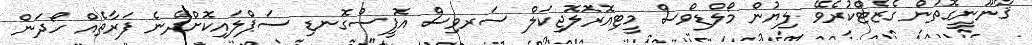
ޤާނޫނީގޮތުން ގެޒެޓްކުރެވޭ ލިޔުން މޯލްޑިވްސް މީޓިއޮރޮލޮޖިކަލް ސަރވިސް އޮފީސްގޮނޑި ސަޕްލައިކޮށްދޭނެ ފަރާތެެއް ހޯދަން